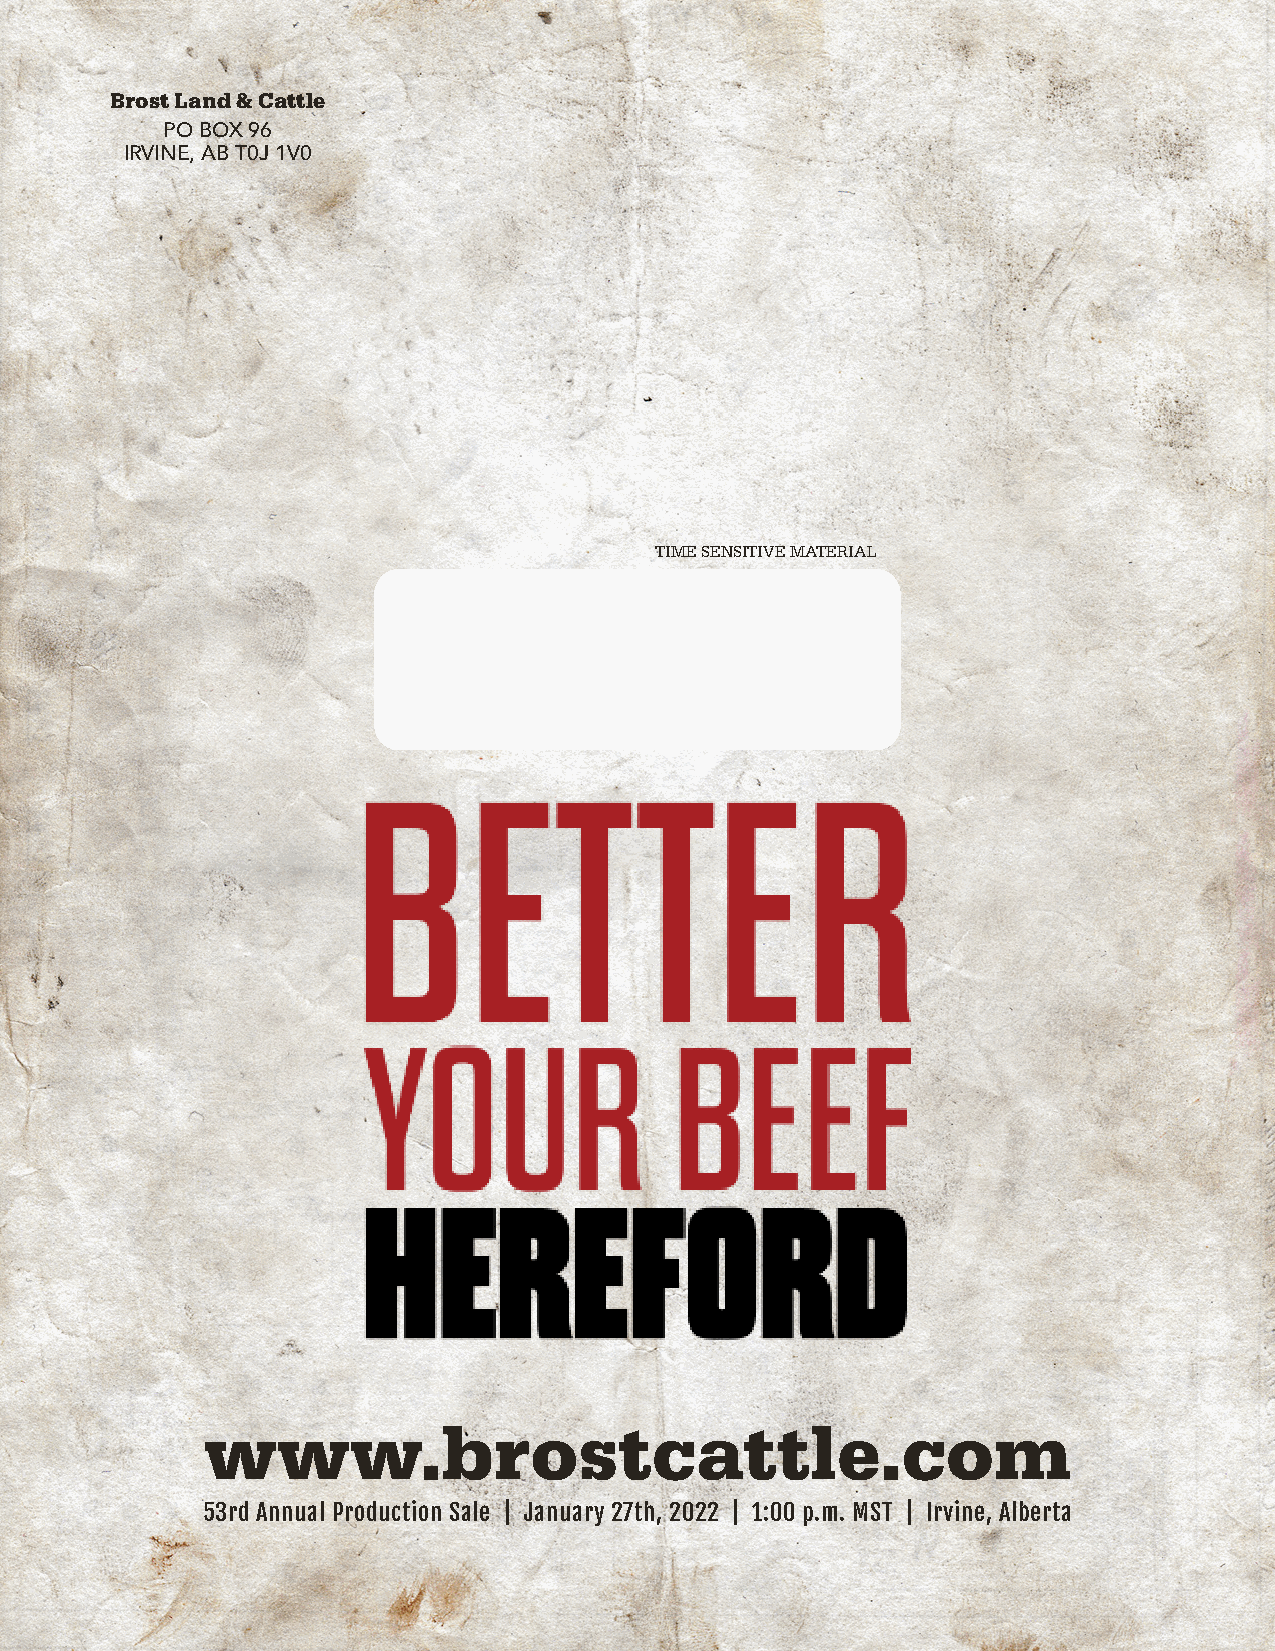
Brost Land & Cattle
 PO BOX 96
 IRVINE, AB T0J 1V0
 TIME SENSITIVE MATERIAL
 www.brostcattle.com
 53rd Annual Production Sale | January 27th, 2022 | 1:00 p.m. MST | Irvine, Alberta